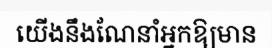
យើងនឹងណែនាំអ្នកឱ្យមាន